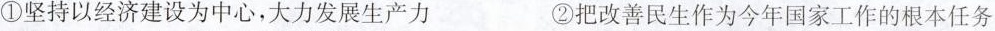
①坚持以经济建设为中心，大力发展生产力 ②把改善民生作为今年国家工作的根本任务